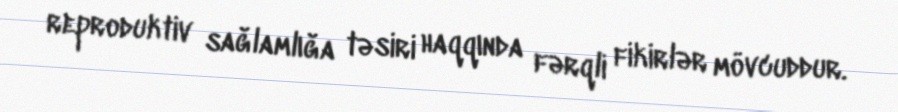
reproduktiv sağlamlığa təsiri haqqında fərqli fikirlər mövcuddur.